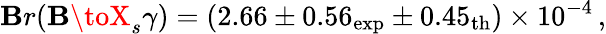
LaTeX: \mathbf{B}r(\mathbf{B}\toX_{s}\gamma)=(2.66\pm0.56_{\mathrm{{exp}}}\pm0.45_{\mathrm{{th}}})\times10^{-4}\, ,